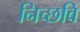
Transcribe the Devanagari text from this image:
निच्छवि